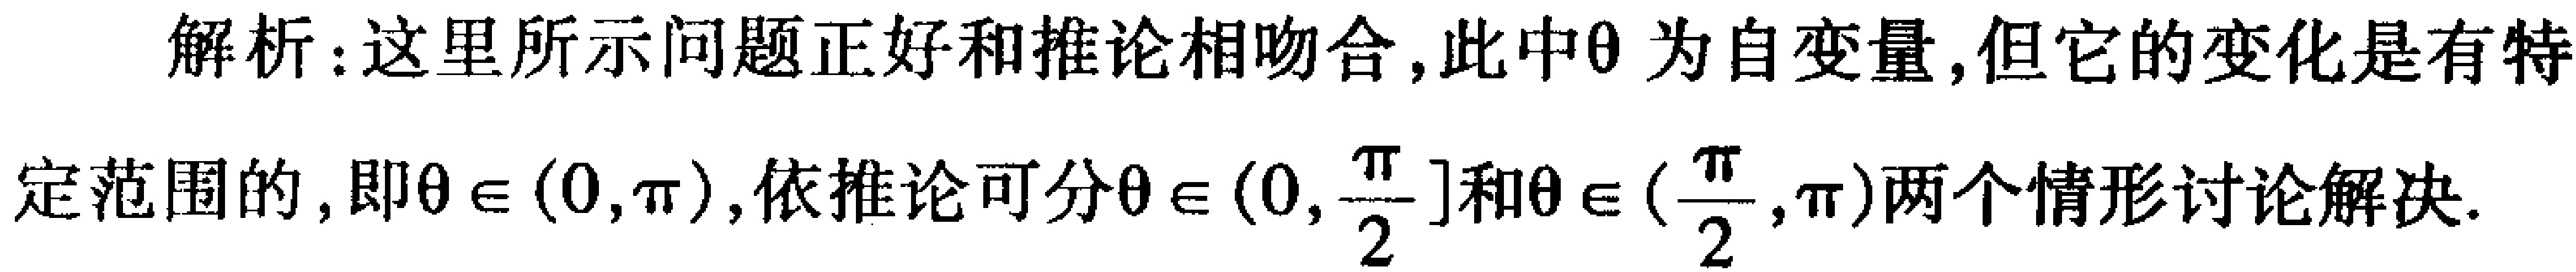
解析：这里所示问题正好和推论相吻合, 此中\(\theta\)为自变量, 但它的变化是有特定范围的, 即\(\theta \in (0, \pi)\), 依推论可分\(\theta \in (0, \frac{\pi}{2}]\)和\(\theta \in (\frac{\pi}{2}, \pi)\)两个情形讨论解决.